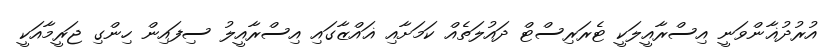
އުރުދުޣާންވަނީ އިސްރާއީލަކީ ޓެރަރިސްޓް ދައުލަތެއް ކަމަށާއި ޣައްޒާގައި އިސްރާއީލު ސިފައިން ހިންގި ޖަރީމާއަކީ